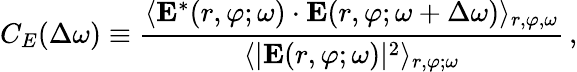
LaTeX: C_{E}(\Delta\omega)\equiv\frac{\langle{\mathbf E}^{*}(r,\varphi;\omega)\cdot{\mathbf E}(r,\varphi;\omega+\Delta\omega)\rangle_{r,\varphi,\omega}}{\langle|{\mathbf E}(r,\varphi;\omega)|^{2}\rangle_{r,\varphi;\omega}}\, ,